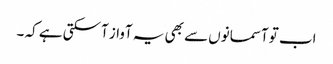
اب تو آسمانوں سے بھی یہ آواز آسکتی ہے کہ ۔